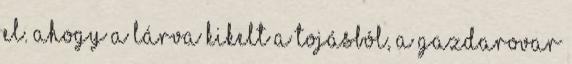
el. Ahogy a lárva kikelt a tojásból, a gazdarovar